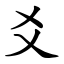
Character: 爻